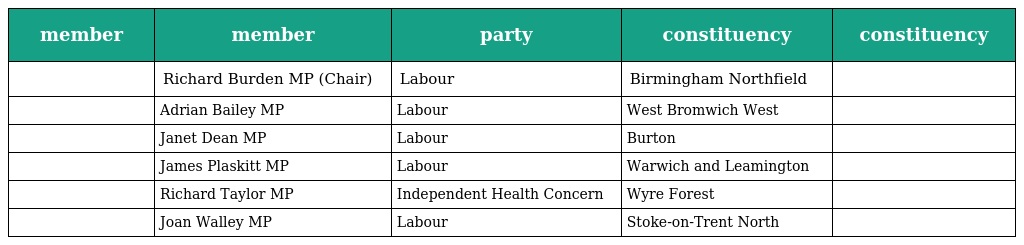
| member | member | party | constituency | constituency |
 | --- | --- | --- | --- | --- |
 |  | Richard Burden MP (Chair) | Labour | Birmingham Northfield |  |
 |  | Adrian Bailey MP | Labour | West Bromwich West |  |
 |  | Janet Dean MP | Labour | Burton |  |
 |  | James Plaskitt MP | Labour | Warwich and Leamington |  |
 |  | Richard Taylor MP | Independent Health Concern | Wyre Forest |  |
 |  | Joan Walley MP | Labour | Stoke-on-Trent North |  |